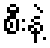
စီးနဲ့